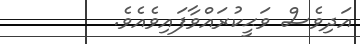
އަދިވެސް ވަޙީކުރައްވާފައިވެއެވެ.